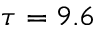
\tau = 9 . 6